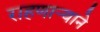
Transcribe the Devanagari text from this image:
राहणार्‍याने